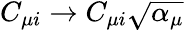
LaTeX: C_{\mu i}\to C_{\mu i}\sqrt{\alpha_{\mu}}